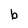
Character: b